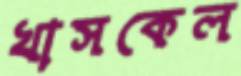
খাসকেল